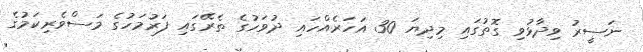
ނަސީރު ވިދާޅުވި ގޮތުގައި މިދިޔަ 30 އަހަރެއްހައި ދުވަހުގެ ތެރޭގައި ފަރުމަހުގެ މަސްވެރިކަމުގެ